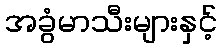
အခွံမာသီးများနှင့်